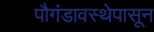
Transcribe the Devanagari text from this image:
पौगंडावस्थेपासून